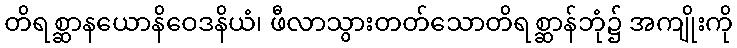
တိရစ္ဆာနယောနိဝေဒနိယံ၊ ဖီလာသွားတတ်သောတိရစ္ဆာန်ဘုံ၌ အကျိုးကို